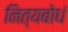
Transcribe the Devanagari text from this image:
नित्यबोधं